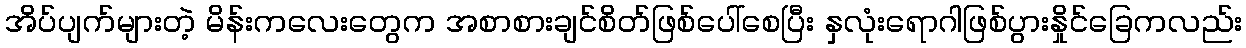
အိပ်ပျက်များတဲ့ မိန်းကလေးတွေက အစာစားချင်စိတ်ဖြစ်ပေါ်စေပြီး နှလုံးရောဂါဖြစ်ပွားနှိုင်ခြေကလည်း